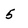
Character: 5